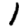
Digit: 1